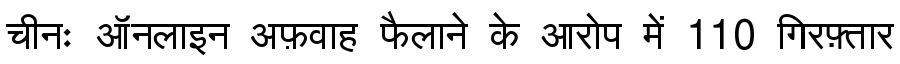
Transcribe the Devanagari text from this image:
चीनः ऑनलाइन अफ़वाह फैलाने के आरोप में 110 गिरफ़्तार